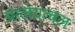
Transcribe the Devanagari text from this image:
प्रालेयाचल